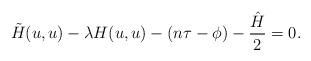
LaTeX: \begin{align*}{\tilde H}(u,u)-\lambda H(u,u)-(n\tau-\phi)-\frac{{\hat H}}{2}=0.\end{align*}